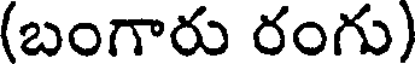
(బంగారు రంగు)